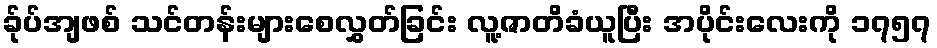
ခ်ုပ်အျဖစ် သင်တန်းများစေလွှတ်ခြင်း လူ့ဇာတိခံယူပြီး အပိုင်းလေးကို ၁၇၅၇